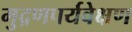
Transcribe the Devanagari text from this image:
मुद्रणपर्यवेक्षण